Report of the Indian Hemp Drugs Commission, 1894-1895 - Volume IV
Year: 1894
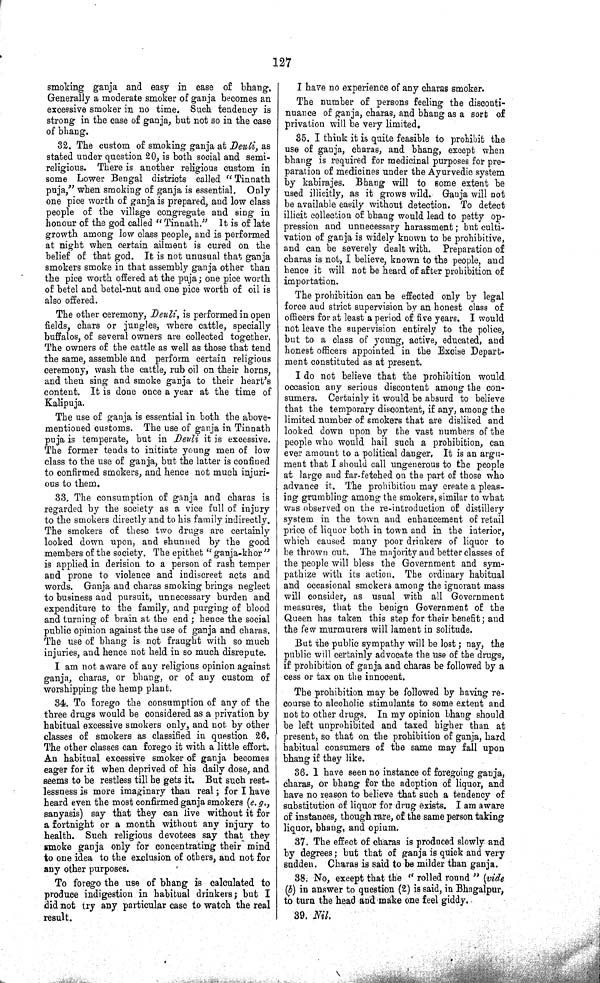
127
smoking ganja and easy in case of bhang.
Generally a moderate smoker of ganja becomes an
excessive smoker in no time. Such tendency is
strong in the case of ganja, but not so in the case
of bhang.
32. The custom of smoking ganja at Deuli, as
stated under question 20, is both social and semi-
religious. There is another religious custom in
some Lower Bengal districts called "Tinnath
puja," when smoking of ganja is essential. Only
one pice worth of ganja is prepared, and low class
people of the village congregate and sing in
honour of the god called " Tinnath." It is of late
growth among low class people, and is performed
at night when certain ailment is cured on the
belief of that god. It is not unusual that ganja
smokers smoke in that assembly ganja other than
the pice worth offered at the puja; one pice worth
of betel and betel-nut and one pice worth of oil is
also offered.
The other ceremony, Deuli, is performed in open
fields, chars or jungles, where cattle, specially
buffalos, of several owners are collected together.
The owners of the cattle as well as those that tend
the same, assemble and perform certain religious
ceremony, wash the cattle, rub oil on their horns,
and then sing and smoke ganja to their heart's
content. It is done once a year at the time of
Kalipuja.
The use of ganja is essential in both the above-
mentioned customs. The use of ganja in Tinnath
puja is temperate, but in Deuli it is excessive.
The former tends to initiate young men of low
class to the use of ganja, but the latter is confined
to confirmed smokers, and hence not much injuri¬
ous to them.
33. The consumption of ganja and charas is
regarded by the society as a vice full of injury
to the smokers directly and to his family indirectly.
The smokers of these two drugs are certainly
looked down upon, and shunned by the good
members of the society. The epithet " ganja-khor "
is applied in derision to a person of rash temper
and prone to violence and indiscreet acts and
words. Ganja and charas smoking brings neglect
to business and pursuit, unnecessary burden and
expenditure to the family, and purging of blood
and turning of brain at the end; hence the social
public opinion against the use of ganja and charas.
The use of bhang is not fraught with so much
injuries, and hence not held in so much disrepute.
I am not aware of any religious opinion against
ganja, charas, or bhang, or of any custom of
worshipping the hemp plant.
34. To forego the consumption of any of the
three drugs would be considered as a privation by
habitual excessive smokers only, and not by other
classes of smokers as classified in question 26.
The other classes can forego it with a little effort.
An habitual excessive smoker of ganja becomes
eager for it when deprived of his daily dose, and
seems to be restless till he gets it. But such rest¬
lessness is more imaginary than real; for I have
heard even the most confirmed ganja smokers (e. g.,
sanyasis) say that they can live without it for
a fortnight or a month without any injury to
health. Such religious devotees say that they
smoke ganja only for concentrating their mind
to one idea to the exclusion of others, and not for
any other purposes.
To forego the use of bhang is calculated to
produce indigestion in habitual drinkers; but I
did not try any particular case to watch the real
result.
I have no experience of any charas smoker.
The number of persons feeling the disconti¬
nuance of ganja, charas, and bhang as a sort of
privation will be very limited.
35. I think it is quite feasible to prohibit the
use of ganja, charas, and bhang, except when
bhang is required for medicinal purposes for pre¬
paration of medicines under the Ayurvedic system
by kabirajes. Bhang will to some extent be
used illicitly, as it grows wild. Ganja will not
be available easily without detection. To detect
illicit collection of bhang would lead to petty op¬
pression and unnecessary harassment; but culti¬
vation of ganja is widely known to be prohibitive,
and can be severely dealt with. Preparation of
charas is not, I believe, known to the people, and
hence it will not be heard of after prohibition of
importation.
The prohibition can be effected only by legal
force and strict supervision by an honest class of
officers for at least a period of five years. I would
not leave the supervision entirely to the police,
but to a class of young, active, educated, and
honest officers appointed in the Excise Depart¬
ment constituted as at present.
I do not believe that the prohibition would
occasion any serious discontent among the con¬
sumers. Certainly it would be absurd to believe
that the temporary discontent, if any, among the
limited number of smokers that are disliked and
looked down upon by the vast numbers of the
people who would hail such a prohibition, can
ever amount to a political danger. It is an argu¬
ment that I should call ungenerous to the people
at large and far-fetched on the part of those who
advance it. The prohibition may create a pleas¬
ing grumbling among the smokers, similar to what
was observed on the re-introduction of distillery
system in the town and enhancement of retail
price of liquor both in town and in the interior,
which caused many poor drinkers of liquor to
be thrown out. The majority and better classes of
the people will bless the Government and sym¬
pathize with its action. The ordinary habitual
and occasional smokers among the ignorant mass
will consider, as usual with all Government
measures, that the benign Government of the
Queen has taken this step for their benefit; and
the few murmurers will lament in solitude.
But the public sympathy will be lost; nay, the
public will certainly advocate the use of the drugs,
if prohibition of ganja and charas be followed by a
cess or tax on the innocent.
The prohibition may be followed by having re¬
course to alcoholic stimulants to some extent and
not to other drugs. In my opinion bhang should
be left unprohibited and taxed higher than at
present, so that on the prohibition of ganja, hard
habitual consumers of the same may fall upon
bhang if they like.
36. 1 have seen no instance of foregoing ganja,
charas, or bhang for the adoption of liquor, and
have no reason to believe that such a tendency of
substitution of liquor for drug exists. I am aware
of instances, though rare, of the same person taking
liquor, bhang, and opium.
37. The effect of charas is produced slowly and
by degrees; but that of ganja is quick and very
sadden. Charas is said to be milder than ganja.
38. No, except that the " rolled round " (vide
(b) in answer to question (2) is said, in Bhagalpur,
to turn the head and make one feel giddy.
39. Nil.